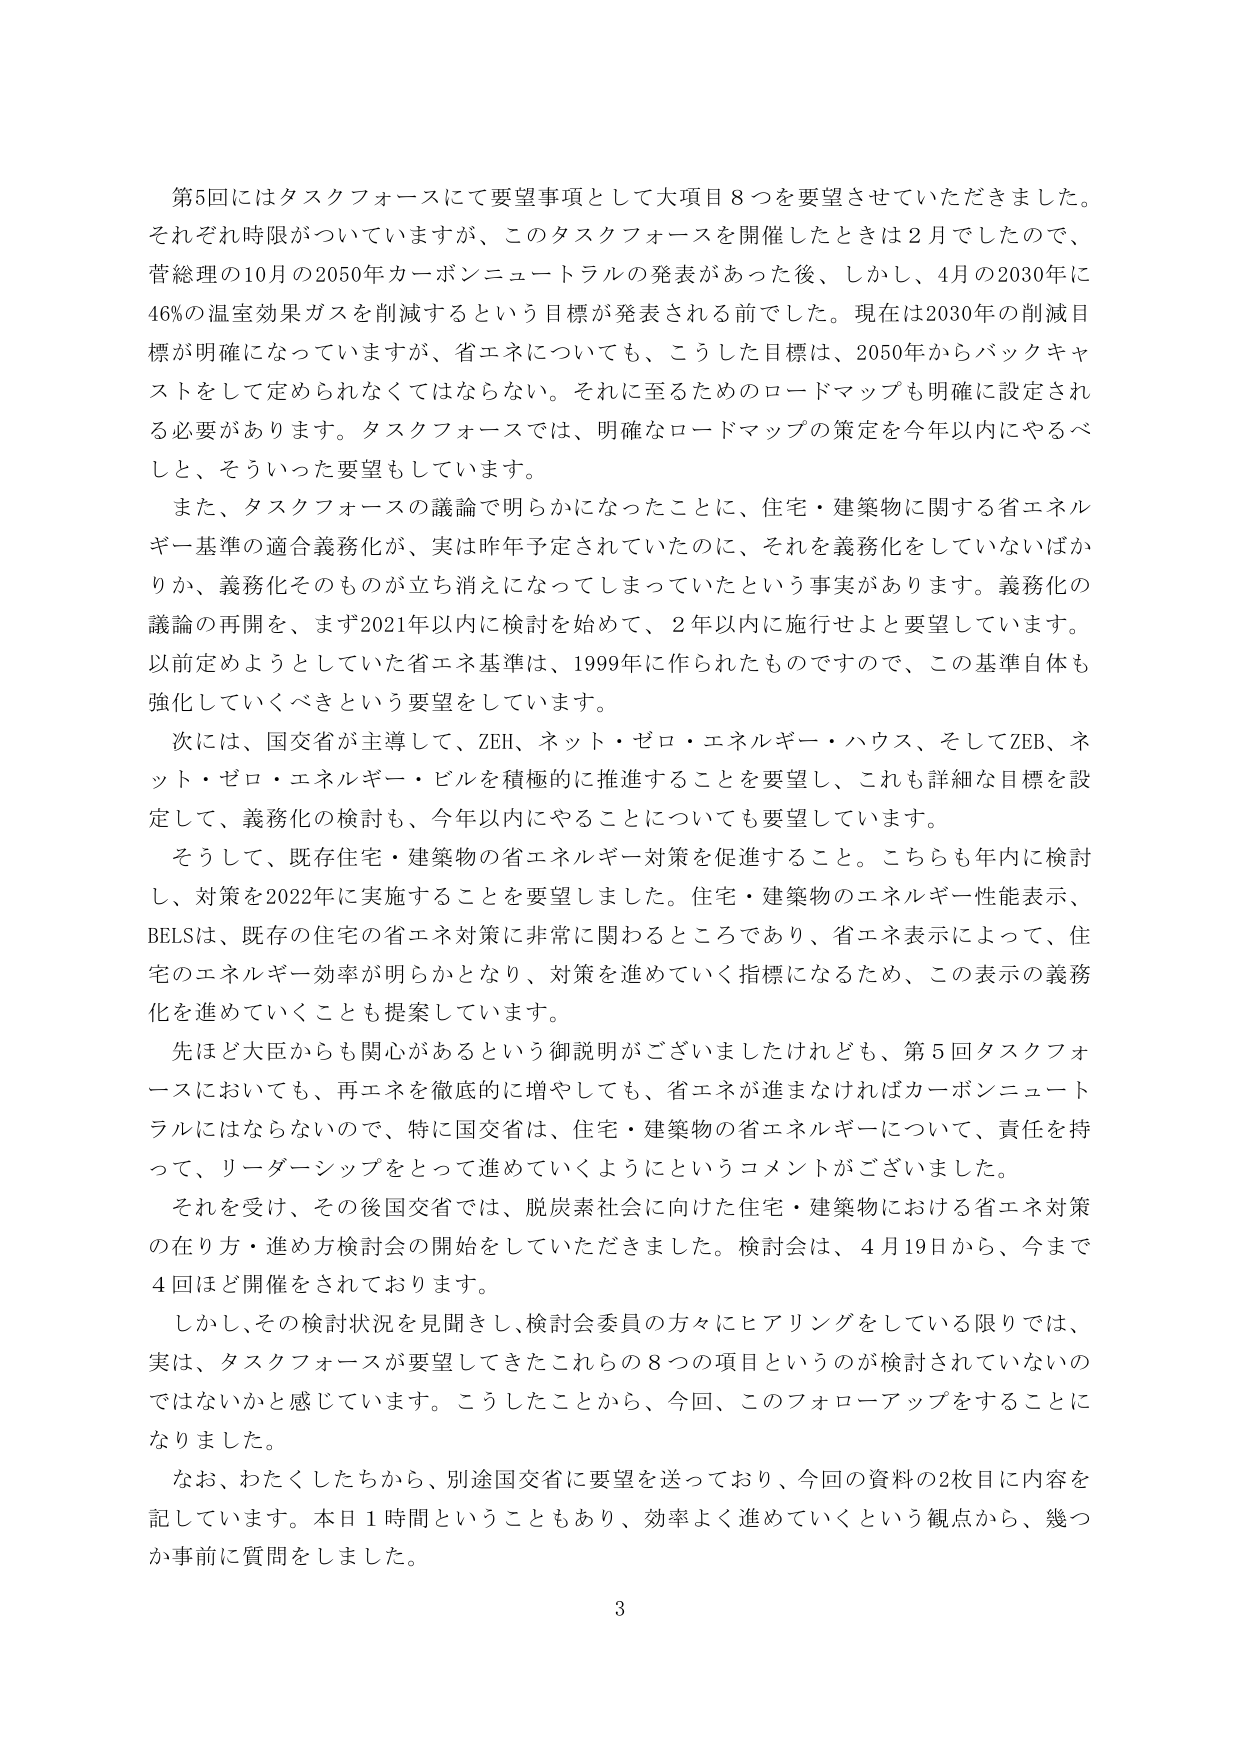
第5回にはタスクフォースにて要望事項として大項目8つを要望させていただきました。それぞれ時限がついていますが、このタスクフォースを開催したときは2月でしたので、菅総理の10月の2050年カーボンニュートラルの発表があった後、しかし、4月の2030年に46%の温室効果ガスを削減するという目標が発表される前でした。現在は2030年の削減目標が明確になっていますが、省エネについても、こうした目標は、2050年からバックキャストをして定められなくてはならない。それに至るためのロードマップも明確に設定される必要があります。タスクフォースでは、明確なロードマップの策定を今年以内にやるべきと、そういった要望もしています。

また、タスクフォースの議論で明らかになったことに、住宅・建築物に関する省エネルギー基準の適合義務化が、実は昨年予定されていたのに、それを義務化をしていないばかりか、義務化そのものが立ち消えになってしまっていたという事実があります。義務化の議論の再開を、まず2021年以内に検討を始めて、2年以内に施行せよと要望しています。以前定めようとしていた省エネ基準は、1999年に作られたものですので、この基準自体も強化していくべきという要望をしています。

次には、国交省が主導して、ZEH、ネット・ゼロ・エネルギー・ハウス、そしてZEB、ネット・ゼロ・エネルギー・ビルを積極的に推進することを要望し、これも詳細な目標を設定して、義務化の検討も、今年以内にやることについても要望しています。

そうして、既存住宅・建築物の省エネルギー対策を促進すること。こちらも年内に検討し、対策を2022年に実施することを要望しました。住宅・建築物のエネルギー性能表示、BELSは、既存の住宅の省エネ対策に非常に関わるところであり、省エネ表示によって、住宅のエネルギー効率が明らかとなり、対策を進めていく指標になるため、この表示の義務化を進めていくことも提案しています。

先ほど大臣からも関心があるという御説明がございましたけれども、第5回タスクフォースにおいても、再エネを徹底的に増やしても、省エネが進まなければカーボンニュートラルにはならないので、特に国交省は、住宅・建築物の省エネルギーについて、責任を持って、リーダーシップをとって進めていくようにというコメントがございました。

それを受け、その後国交省では、脱炭素社会に向けた住宅・建築物における省エネ対策の在り方・進め方検討会の開始をしていただきました。検討会は、4月19日から、今まで4回ほど開催をされております。

しかし、その検討状況を見聞きし、検討会委員の方々にヒアリングをしている限りでは、実は、タスクフォースが要望してきたこれらの8つの項目というのが検討されていないのではないかと感じています。こうしたことから、今回、このフォローアップすることになりました。

なお、わたくしたちから、別途国交省に要望を送っており、今回の資料の2枚目に内容を記しています。本日1時間ということもあり、効率よく進めていくという観点から、幾つか事前に質問をしました。

3